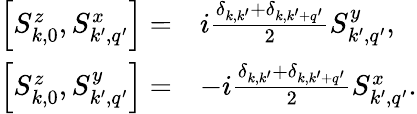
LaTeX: \begin{array}{rl}{\left[S_{k,0}^{z},S_{k^{\prime},q^{\prime}}^{x}\right]=}&{i\frac{\delta_{k,k^{\prime}}+\delta_{k,k^{\prime}+q^{\prime}}}{2}S_{k^{\prime},q^{\prime}}^{y},}\\ {\left[S_{k,0}^{z},S_{k^{\prime},q^{\prime}}^{y}\right]=}&{-i\frac{\delta_{k,k^{\prime}}+\delta_{k,k^{\prime}+q^{\prime}}}{2}S_{k^{\prime},q^{\prime}}^{x}.}\end{array}